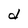
Character: d